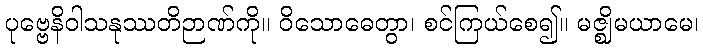
ပုဗ္ဗေနိဝါသနုဿတိဉာဏ်ကို။ ဝိသောဓေတွာ၊ စင်ကြယ်စေ၍။ မဇ္ဈိမယာမေ၊